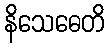
နိသေဓေတိ